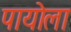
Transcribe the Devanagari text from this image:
पायोला